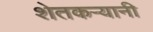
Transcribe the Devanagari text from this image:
शेतकऱ्यानी